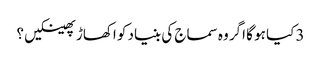
3 کیا ہو گا اگر وہ سماج کی بنیاد کو اکھاڑ پھینکیں ؟